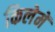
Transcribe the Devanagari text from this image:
किलेमें